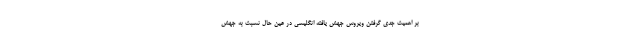
بر اهمیت جدی گرفتن ویروس جهش یافته انگلیسی در عین حال نسبت به جهش